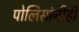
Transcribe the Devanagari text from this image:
पोलिसांनीही